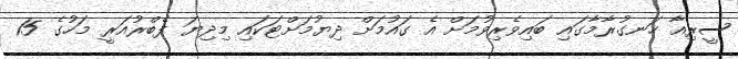
ސީރިއާ ހަނގުރާމާގައި ބައިވެރިވުމަށް އެ ގައުމަށް ދިޔުމަށްޓަކައި މިދިޔަ ފެބްރުއަރީ މަހުގެ 15